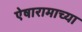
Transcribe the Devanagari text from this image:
ऐषारामाच्या